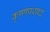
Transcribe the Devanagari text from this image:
कृष्णप्रशाद